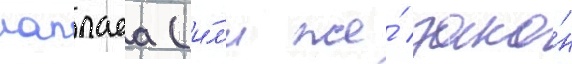
лапласа (и́л'и же́ зако́н